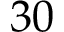
3 0